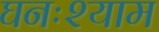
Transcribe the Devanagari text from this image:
घनःश्याम